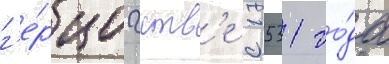
г'е́рцогств'е с 1531 го́да